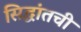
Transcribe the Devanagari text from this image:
सिद्धांतची